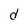
Character: d